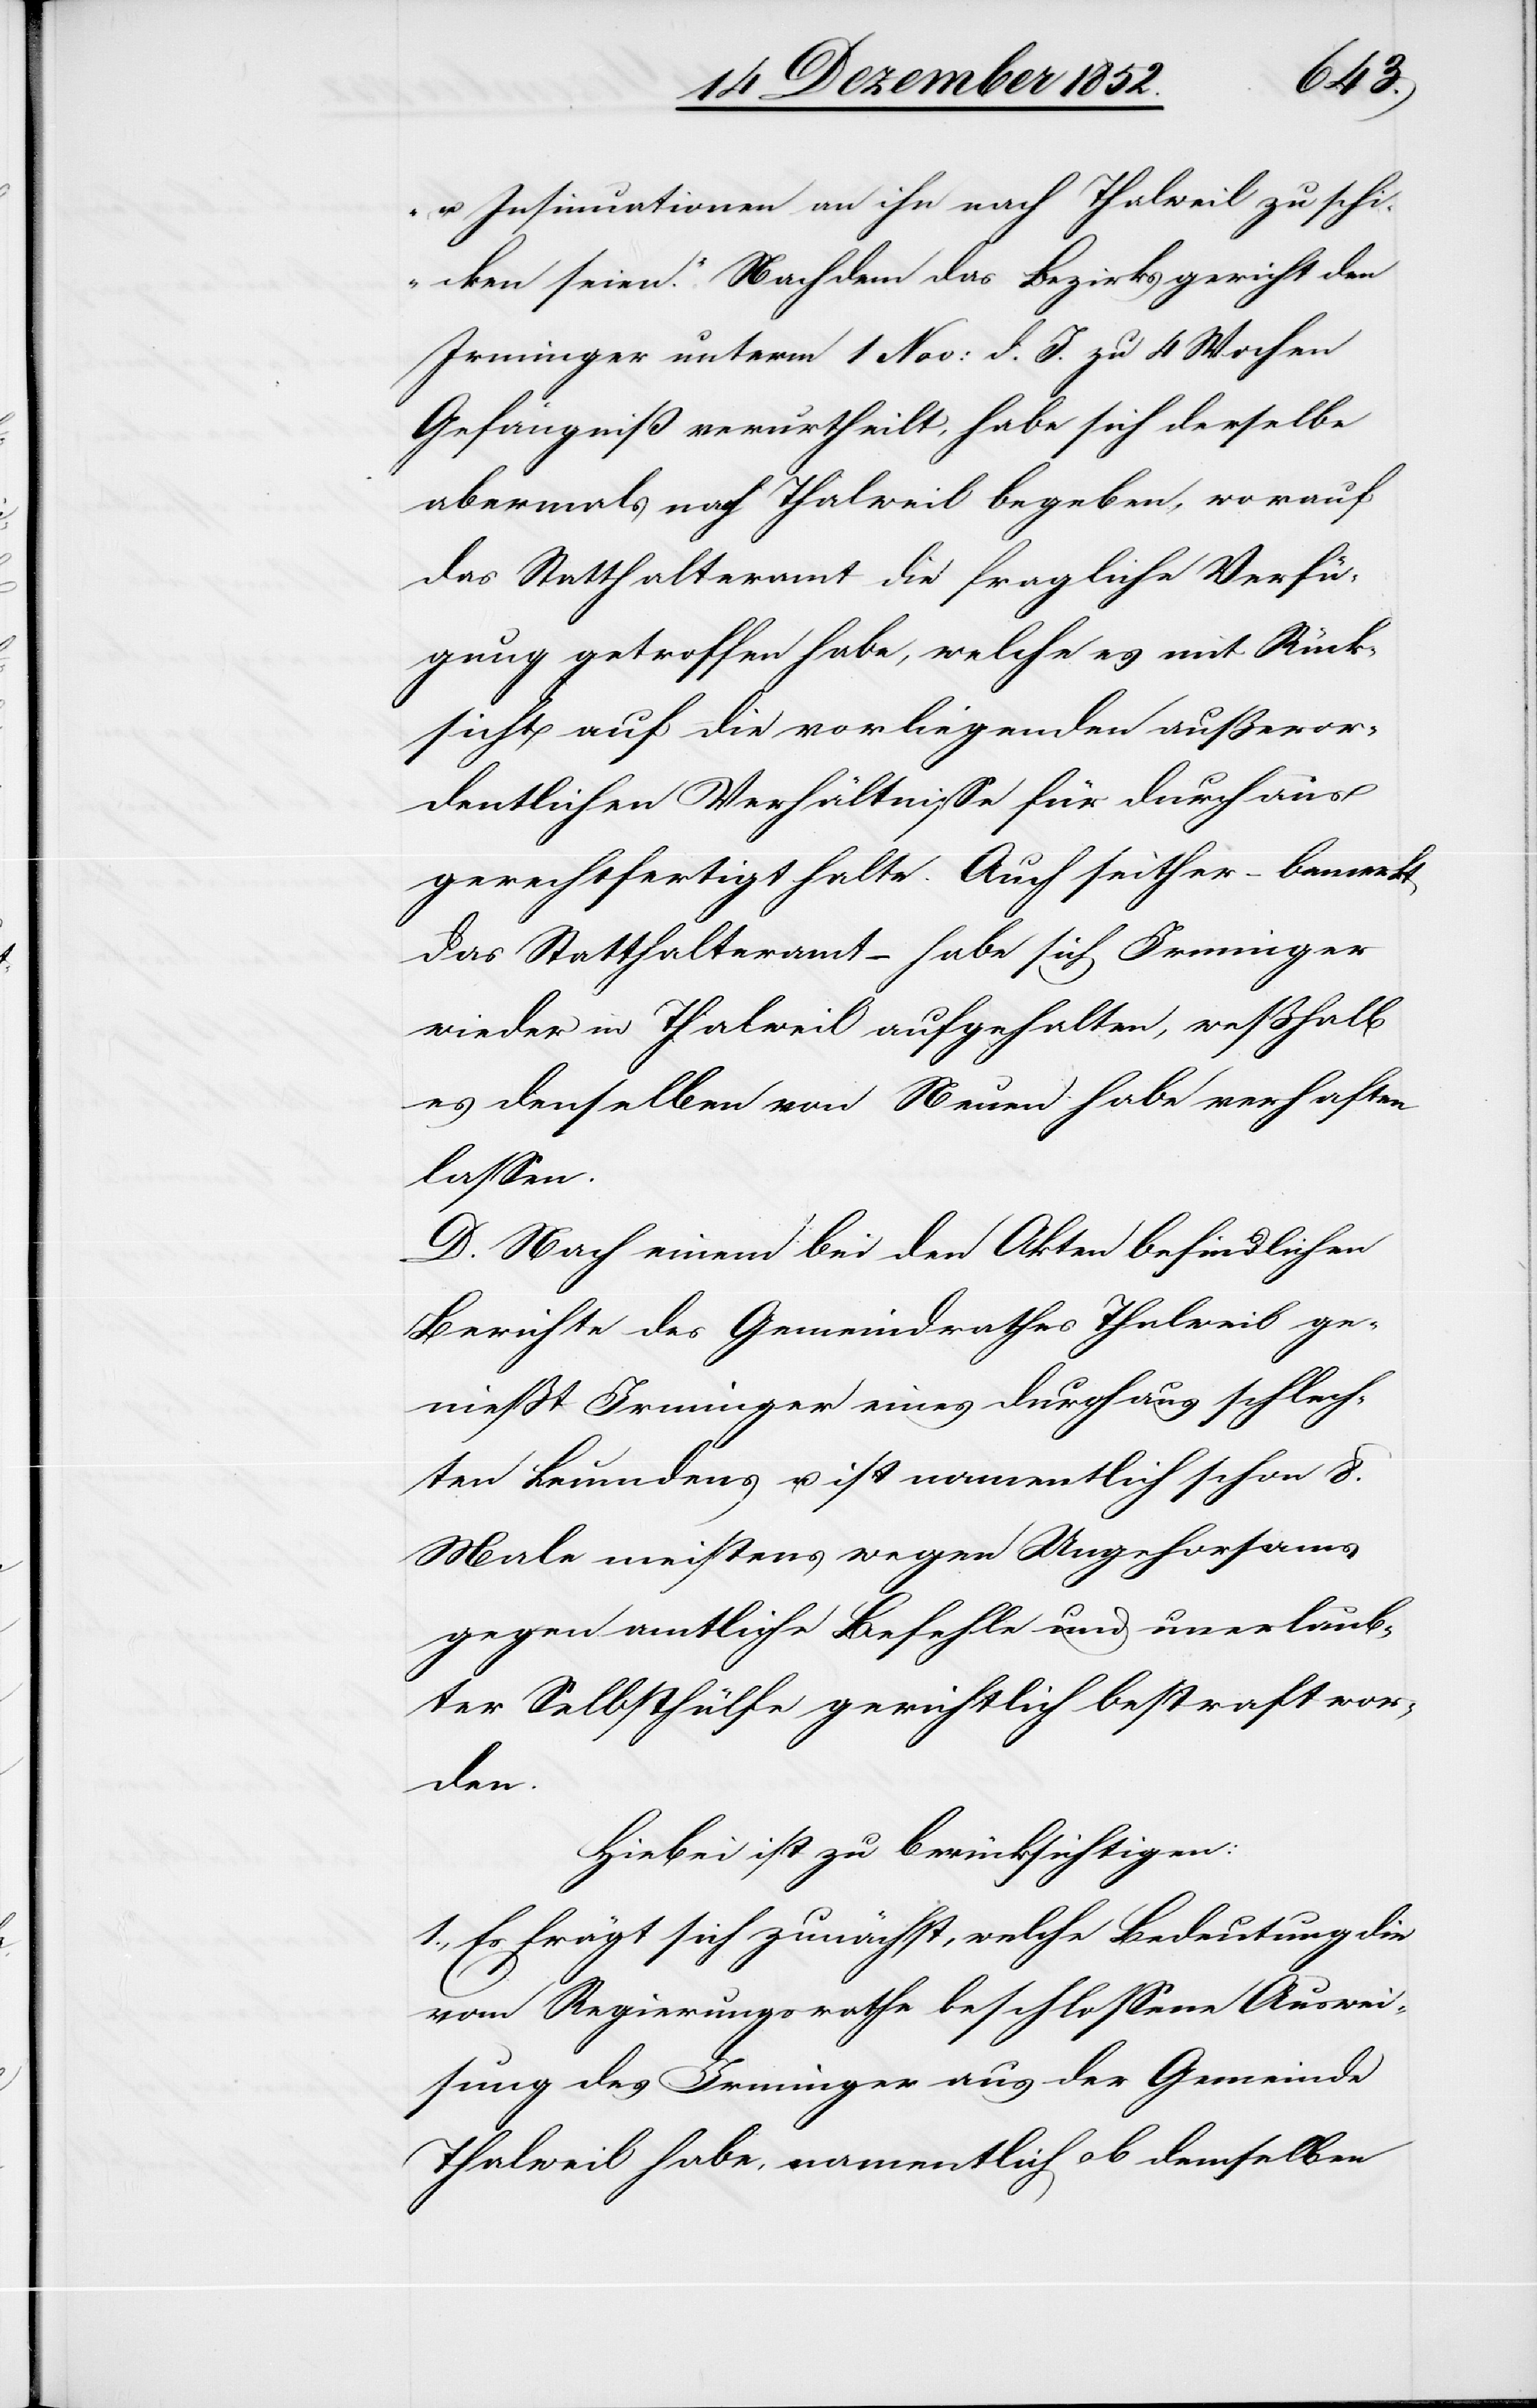
u. Insinuationen an ihn nach Thalweil zu schi¬
cken seien.“ Nachdem das Bezirksgericht den
Irminger unterm 1 Nov: d. J. zu 4 Wochen
Gefängniß verurtheilt, habe sich derselbe
abermals nach Thalweil begeben, worauf
das Statthalteramt die fragliche Verfü¬
gung getroffen habe, welche es mit Rück¬
sicht auf die vorliegenden außeror¬
dentlichen Verhältnisse für durchaus
gerechtfertigt halte. Auch seither – bemerkt
das Statthalteramt – habe sich Irminger
wieder in Thalweil aufgehalten, weßhalb
es denselben von Neuen habe verhaften
lassen.
D. Nach einem bei den Akten befindlichen
Berichte des Gemeindrathes Thalweil ge¬
nießt Irminger eines durchaus schlech¬
ten Leumdens u. ist namentlich schon 8.
Male meistens wegen Ungehorsams
gegen amtliche Befehle und unerlaub¬
ter Selbsthülfe gerichtlich bestraft wor¬
den.
Hiebei ist zu berücksichtigen:
1., Es frägt sich zunächst, welche Bedeutung die
vom Regierungsrathe beschlossene Auswei¬
sung des Irminger aus der Gemeinde
Thalweil habe, namentlich ob demselben